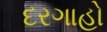
દરગાહો